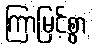
ကြာမြင့်စွာ